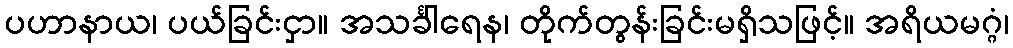
ပဟာနာယ၊ ပယ်ခြင်းငှာ။ အသင်္ခါရေန၊ တိုက်တွန်းခြင်းမရှိသဖြင့်။ အရိယမဂ္ဂံ၊